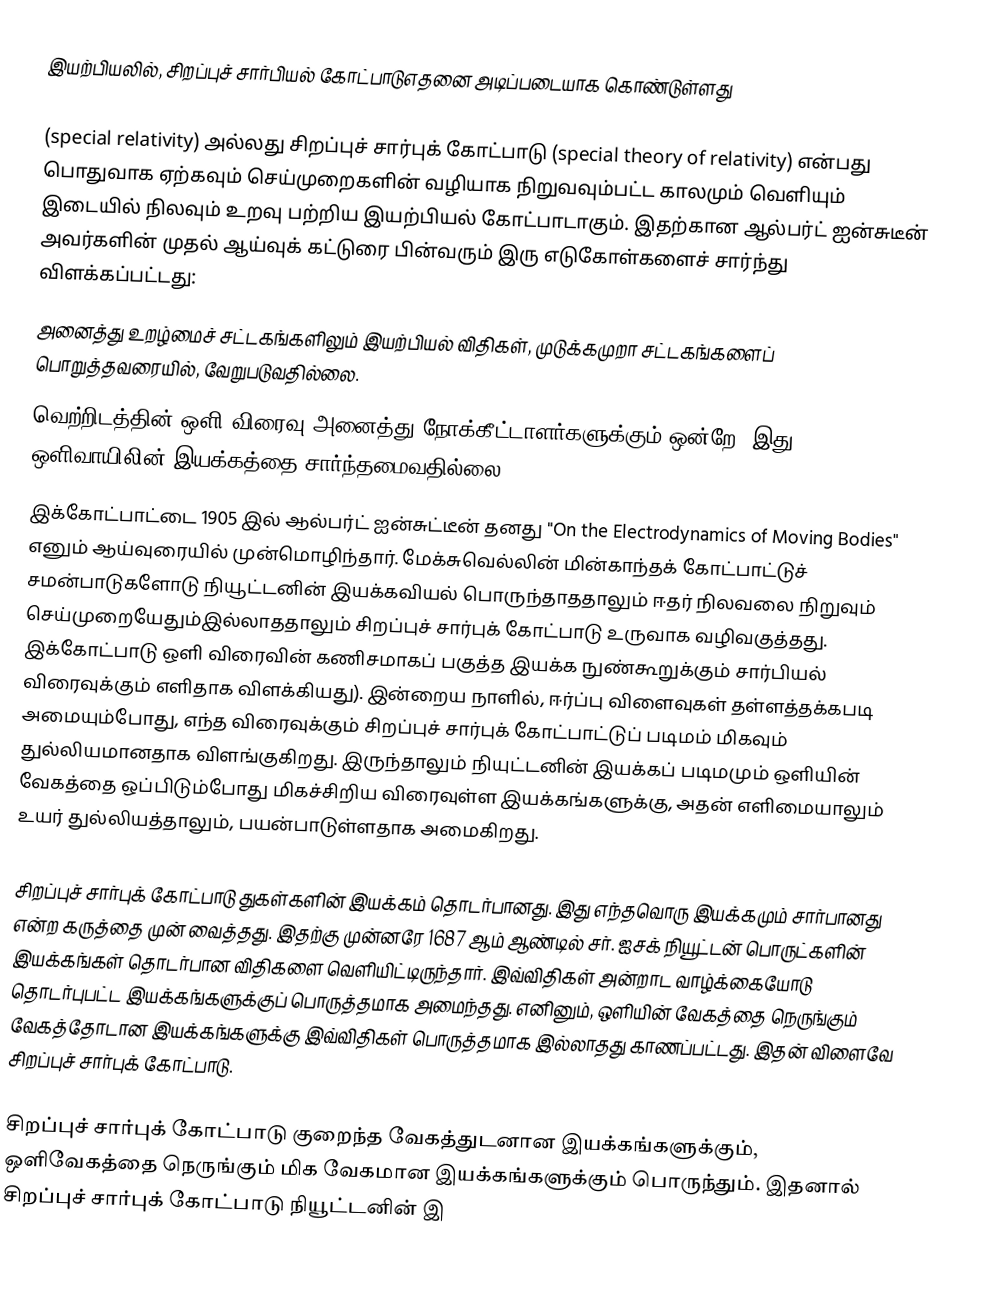
இயற்பியலில், சிறப்புச் சார்பியல் கோட்பாடுஎதனை அடிப்படையாக கொண்டுள்ளது

(special relativity) அல்லது  சிறப்புச் சார்புக் கோட்பாடு (special theory of relativity) என்பது பொதுவாக ஏற்கவும் செய்முறைகளின் வழியாக நிறுவவும்பட்ட  காலமும் வெளியும் இடையில் நிலவும் உறவு பற்றிய இயற்பியல் கோட்பாடாகும். இதற்கான ஆல்பர்ட் ஐன்சுடீன் அவர்களின் முதல் ஆய்வுக் கட்டுரை பின்வரும் இரு எடுகோள்களைச் சார்ந்து விளக்கப்பட்டது:
 அனைத்து உறழ்மைச் சட்டகங்களிலும் இயற்பியல் விதிகள், முடுக்கமுறா சட்டகங்களைப் பொறுத்தவரையில், வேறுபடுவதில்லை.
 வெற்றிடத்தின் ஒளி விரைவு அனைத்து நோக்கீட்டாளர்களுக்கும் ஒன்றே; இது ஒளிவாயிலின் இயக்கத்தை சார்ந்தமைவதில்லை.
இக்கோட்பாட்டை 1905 இல் ஆல்பர்ட் ஐன்சுட்டீன் தனது "On the Electrodynamics of Moving Bodies" எனும் ஆய்வுரையில் முன்மொழிந்தார். மேக்சுவெல்லின் மின்காந்தக் கோட்பாட்டுச் சமன்பாடுகளோடு நியூட்டனின் இயக்கவியல்  பொருந்தாததாலும் ஈதர் நிலவலை நிறுவும் செய்முறையேதும்இல்லாததாலும் சிறப்புச் சார்புக் கோட்பாடு உருவாக வழிவகுத்தது. இக்கோட்பாடு ஒளி விரைவின் கணிசமாகப் பகுத்த இயக்க நுண்கூறுக்கும்  சார்பியல் விரைவுக்கும் எளிதாக விளக்கியது). இன்றைய நாளில், ஈர்ப்பு விளைவுகள் தள்ளத்தக்கபடி அமையும்போது, எந்த விரைவுக்கும் சிறப்புச் சார்புக் கோட்பாட்டுப் படிமம் மிகவும் துல்லியமானதாக விளங்குகிறது. இருந்தாலும் நியுட்டனின் இயக்கப் படிமமும் ஒளியின் வேகத்தை ஒப்பிடும்போது மிகச்சிறிய விரைவுள்ள இயக்கங்களுக்கு, அதன் எளிமையாலும் உயர் துல்லியத்தாலும், பயன்பாடுள்ளதாக அமைகிறது.

சிறப்புச் சார்புக் கோட்பாடு துகள்களின் இயக்கம் தொடர்பானது. இது எந்தவொரு இயக்கமும் சார்பானது என்ற கருத்தை முன் வைத்தது. இதற்கு முன்னரே 1687 ஆம் ஆண்டில் சர். ஐசக் நியூட்டன் பொருட்களின் இயக்கங்கள் தொடர்பான விதிகளை வெளியிட்டிருந்தார். இவ்விதிகள் அன்றாட வாழ்க்கையோடு தொடர்புபட்ட இயக்கங்களுக்குப் பொருத்தமாக அமைந்தது. எனினும், ஒளியின் வேகத்தை நெருங்கும் வேகத்தோடான இயக்கங்களுக்கு இவ்விதிகள் பொருத்தமாக இல்லாதது காணப்பட்டது. இதன் விளைவே சிறப்புச் சார்புக் கோட்பாடு.

சிறப்புச் சார்புக் கோட்பாடு குறைந்த வேகத்துடனான இயக்கங்களுக்கும், ஒளிவேகத்தை நெருங்கும் மிக வேகமான இயக்கங்களுக்கும் பொருந்தும். இதனால் சிறப்புச் சார்புக் கோட்பாடு நியூட்டனின் இ